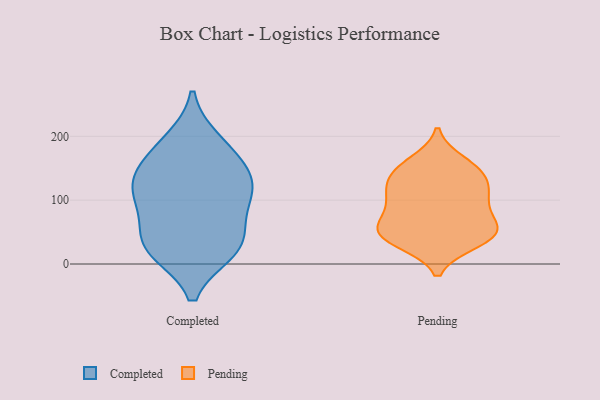
{"axis": {"x": "Conversion Rate (%)", "y": "Value"}, "legend": ["Completed", "Pending"], "data": [{"x": "", "y": 104, "type": "Completed"}, {"x": "", "y": 21, "type": "Completed"}, {"x": "", "y": 116, "type": "Completed"}, {"x": "", "y": 116, "type": "Completed"}, {"x": "", "y": 192, "type": "Completed"}, {"x": "", "y": 77, "type": "Completed"}, {"x": "", "y": 178, "type": "Completed"}, {"x": "", "y": 37, "type": "Completed"}, {"x": "", "y": 140, "type": "Completed"}, {"x": "", "y": 146, "type": "Completed"}, {"x": "", "y": 28, "type": "Completed"}, {"x": "", "y": 25, "type": "Completed"}, {"x": "", "y": 107, "type": "Pending"}, {"x": "", "y": 42, "type": "Pending"}, {"x": "", "y": 89, "type": "Pending"}, {"x": "", "y": 34, "type": "Pending"}, {"x": "", "y": 51, "type": "Pending"}, {"x": "", "y": 103, "type": "Pending"}, {"x": "", "y": 118, "type": "Pending"}, {"x": "", "y": 121, "type": "Pending"}, {"x": "", "y": 150, "type": "Pending"}, {"x": "", "y": 43, "type": "Pending"}, {"x": "", "y": 59, "type": "Pending"}, {"x": "", "y": 39, "type": "Pending"}, {"x": "", "y": 139, "type": "Pending"}, {"x": "", "y": 148, "type": "Pending"}, {"x": "", "y": 74, "type": "Pending"}, {"x": "", "y": 160, "type": "Pending"}, {"x": "", "y": 58, "type": "Pending"}]}